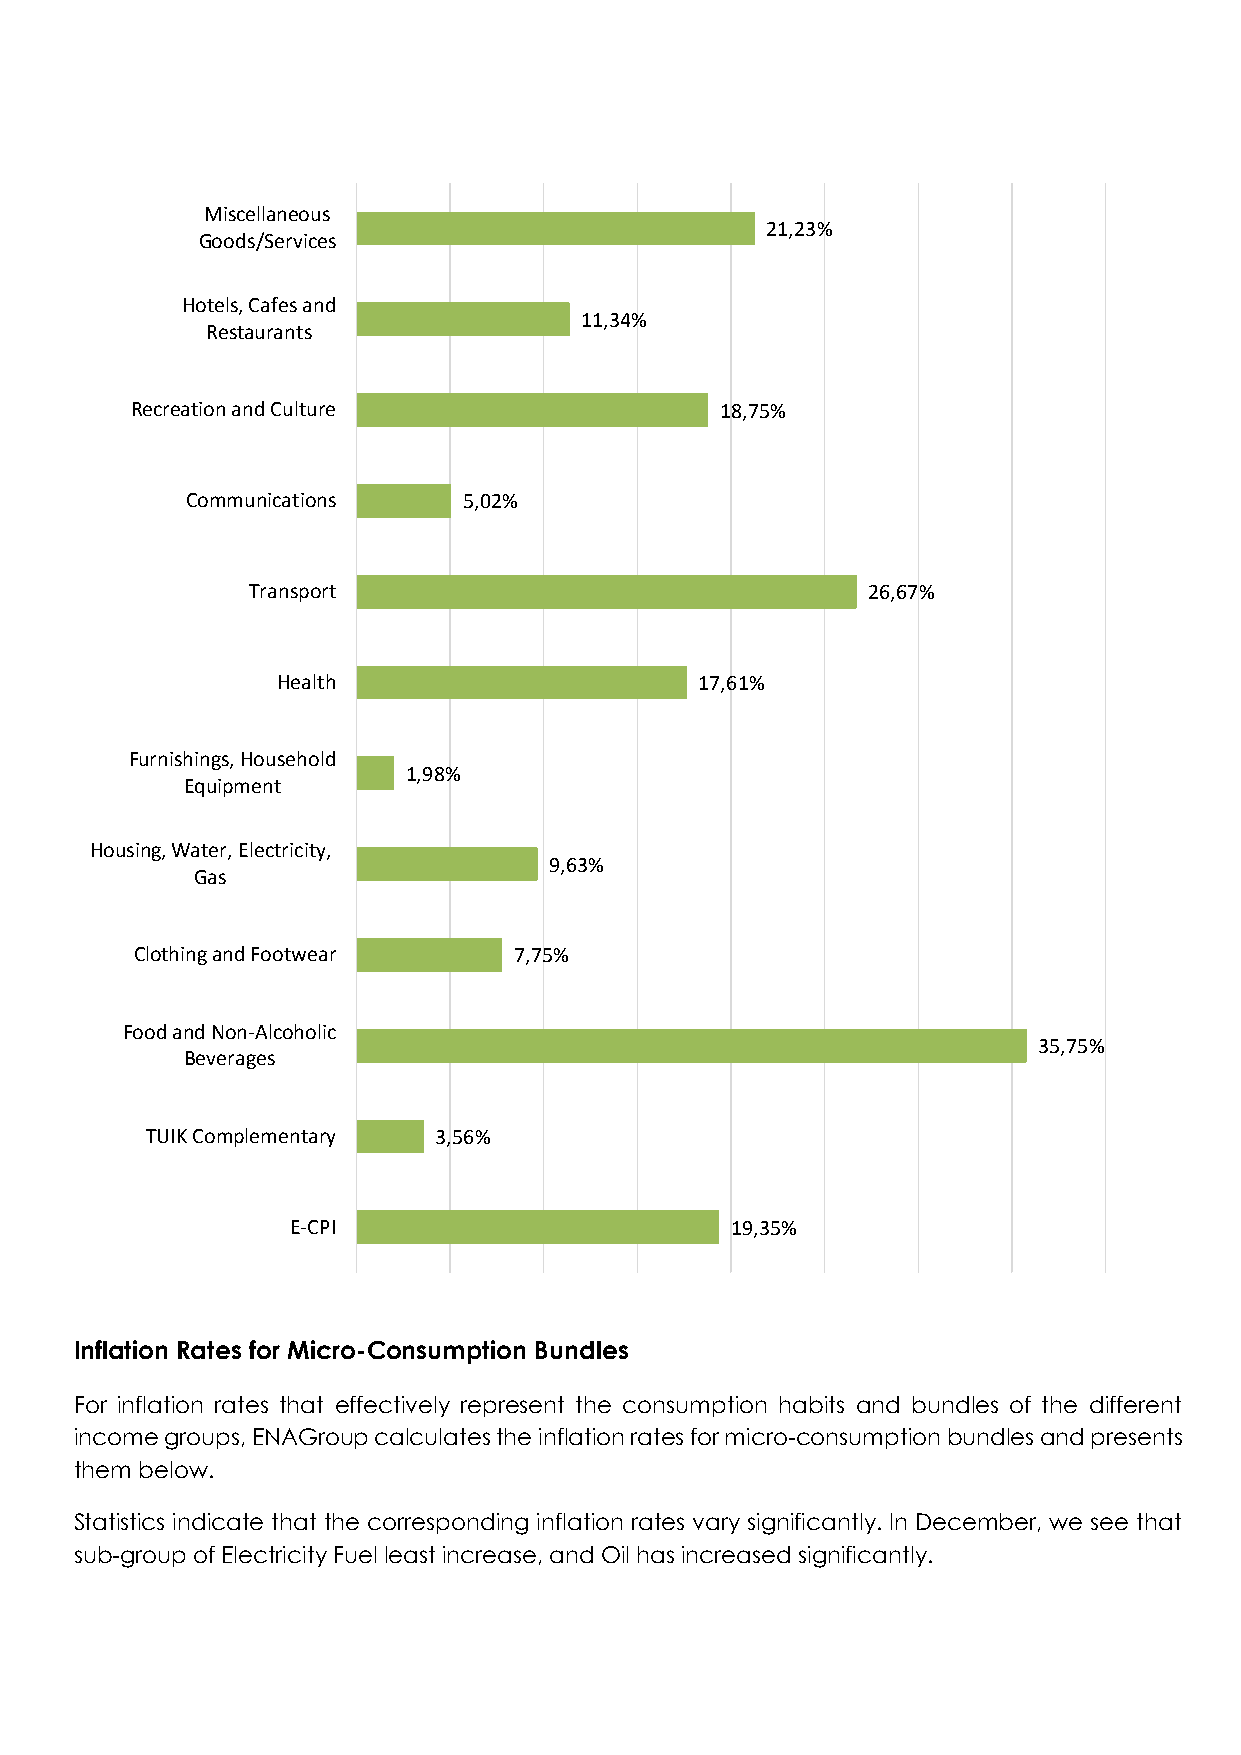
Miscellaneous
 21,23%
 Goods/Services
 Hotels, Cafes and
 11,34%
 Restaurants
 Recreation and Culture                 18,75%
 Communications     5,02%
 Transport                                26,67%
 Health                      17,61%
 Furnishings, Household
 1,98%
 Equipment
 Housing, Water, Electricity,
 9,63%
 Gas
 Clothing and Footwear    7,75%
 Food and Non-Alcoholic
 35,75%
 Beverages
 TUIK Complementary 3,56%
 E-CPI                        19,35%
 Inflation Rates for Micro-Consumption Bundles
 For inflation rates that effectively represent the consumption habits and bundles of the different
 income groups, ENAGroup calculates the inflation rates for micro-consumption bundles and presents
 them below.
 Statistics indicate that the corresponding inflation rates vary significantly. In December, we see that
 sub-group of Electricity Fuel least increase, and Oil has increased significantly.